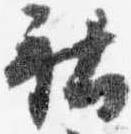
社